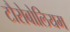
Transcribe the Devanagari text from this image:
टौरोबोलियम